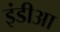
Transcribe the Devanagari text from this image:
इंडीआ